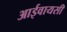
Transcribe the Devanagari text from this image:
आईवायसी